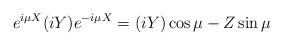
LaTeX: \begin{align*}e^{i\mu X}(iY) e^{-i\mu X}=(iY)\cos \mu -Z \sin \mu \end{align*}